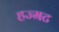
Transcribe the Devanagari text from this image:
हज्मट